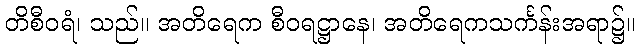
တိစီဝရံ၊ သည်။ အတိရေက စီဝရဋ္ဌာနေ၊ အတိရေကသင်္ကန်းအရာ၌။